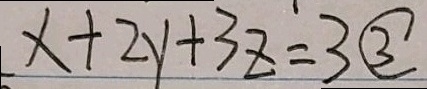
x + 2 y + 3 z = 3 \textcircled { 3 }